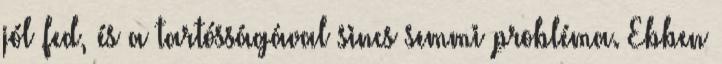
jól fed, és a tartósságával sincs semmi probléma. Ebben